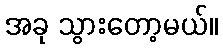
အခု သွားတော့မယ်။